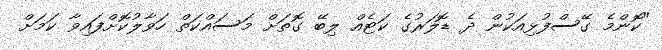
"ކޮންމެ ގޭސްފުޅިއަކުން ދެ ޑޮލަރުގެ ކަޓެއް ލިބޭ ގޮތަށް މަސައްކަތް ހަވާލުކޮށްފައިވާ ކަމަށް